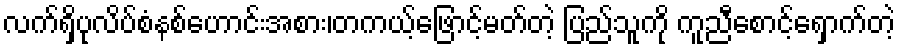
လက်ရှိပုလိပ်စံနစ်ဟောင်းအစား၊တကယ့်ဖြောင့်မတ်တဲ့ ပြည်သူကို ကူညီစောင့်ရှောက်တဲ့